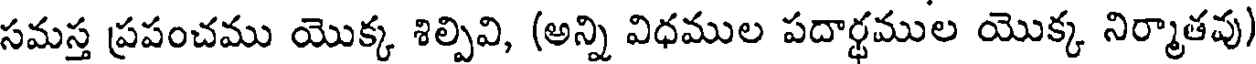
సమస్త ప్రపంచము యొక్క శిల్పివి, (అన్ని విధముల పదార్థముల యొక్క నిర్మాతవు)